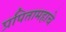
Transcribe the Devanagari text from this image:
प्रपितामहाचे